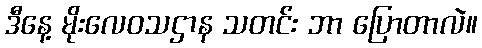
ဒီနေ့ မိုးလေဝသဌာန သတင်း ဘာ ပြောတာလဲ။